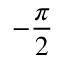
- \frac { \pi } { 2 }